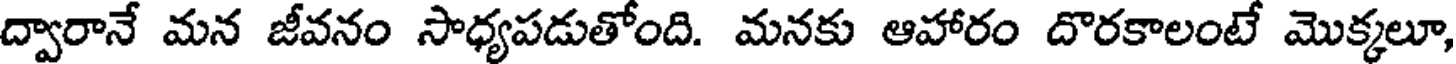
ద్వారానే మన జీవనం సాధ్యపడుతోంది. మనకు ఆహారం దొరకాలంటే మొక్కలూ,